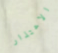
الاعتذار